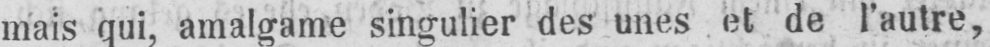
mais qui, amalgame singulier des unes et de l’autre,